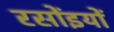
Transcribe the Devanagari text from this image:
रसोंइयों